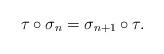
LaTeX: \begin{align*}\tau\circ\sigma_n=\sigma_{n+1}\circ \tau.\end{align*}